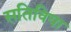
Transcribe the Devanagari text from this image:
सतिविया